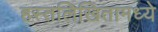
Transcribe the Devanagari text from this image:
हस्तलिखितामध्ये